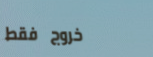
خروج فقط